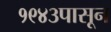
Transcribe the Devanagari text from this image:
१९४३पासून